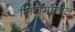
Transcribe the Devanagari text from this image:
सिनेमांतील